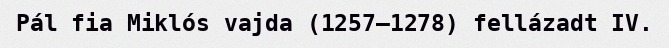
Pál fia Miklós vajda (1257–1278) fellázadt IV.